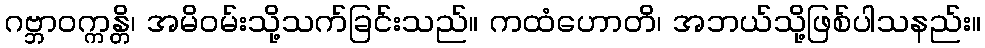
ဂဗ္ဘာဝက္ကန္တိ၊ အမိဝမ်းသို့သက်ခြင်းသည်။ ကထံဟောတိ၊ အဘယ်သို့ဖြစ်ပါသနည်း။